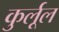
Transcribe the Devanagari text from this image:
कुर्लूल